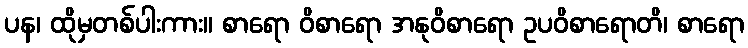
ပန၊ ထိုမှတစ်ပါးကား။ စာရော ဝိစာရော အနုဝိစာရော ဥပဝိစာရောတိ၊ စာရော